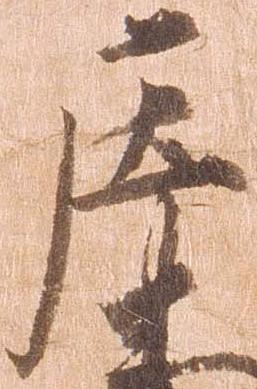
庄